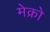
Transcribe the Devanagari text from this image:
मेक्रो